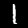
Label: 1